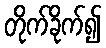
တိုက်ခိုက်၍